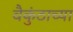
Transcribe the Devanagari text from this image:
वैकुंठाच्या